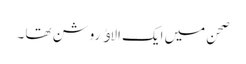
صحن میں ایک الاﺅ روشن تھا ۔